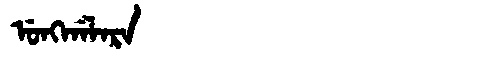
Manchu: ᡠᠩᡤᠠᠯᠠᡵᠠ
Romanization: UNGGALARA